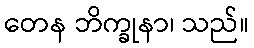
တေန ဘိက္ခုနာ၊ သည်။